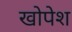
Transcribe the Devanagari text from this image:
खोपेश